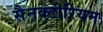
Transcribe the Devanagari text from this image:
सैनक्टोरियम